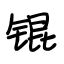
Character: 锟